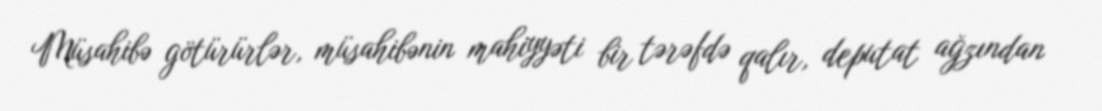
Müsahibə götürürlər, müsahibənin mahiyyəti bir tərəfdə qalır, deputat ağzından